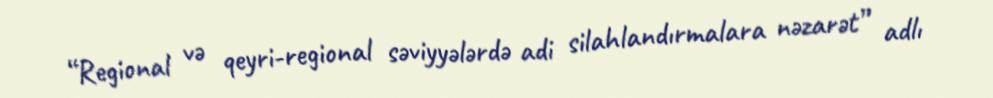
“Regional və qeyri-regional səviyyələrdə adi silahlandırmalara nəzarət” adlı